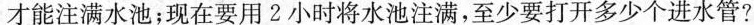
才能注满水池；现在要用2小时将水池注满，至少要打开多少个进水管?